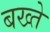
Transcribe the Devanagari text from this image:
बख्ते